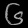
Digit: ၆